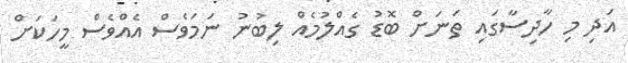
އަދި މި ހާދިސާގައި ތަަނަށް ބޮޑު ގެއްލުމެއް ލިބުނު ނަމަވެސް އެއްވެސް މީހަކަށް